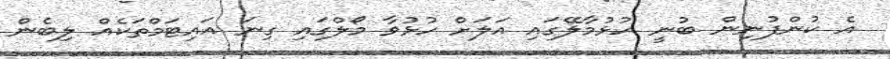
އެ ކުންފުނިން ބުނީ ހުޅުމާލޭގައި އަލަށް ހުޅުވާ މޯލްގައި ގިނަ އައިޓަމްތަކެއް ލިބެން